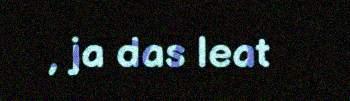
, ja das leat